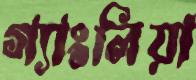
গ্যাংলিয়া